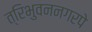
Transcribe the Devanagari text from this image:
त्रिभुवननगरपे